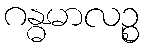
ဂန္ဓမာလဉ္စ